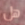
هل